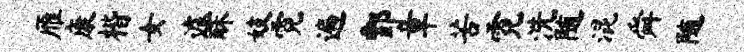
雁康楷女遽酥妓霓遍酆章苦霓洗随混舜随